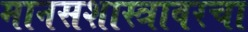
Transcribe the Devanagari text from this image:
मानसशास्त्रावरचा